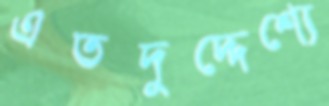
এতদুদ্দেশ্যে